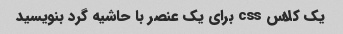
یک کلاس css برای یک عنصر با حاشیه گرد بنویسید